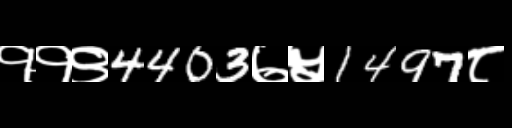
Text: ११९4403७५1497८